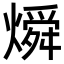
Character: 𬋊